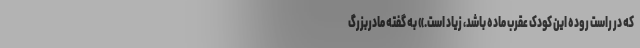
که در راست روده این کودک عقرب ماده باشد، زیاد است.» به گفته مادربزرگ